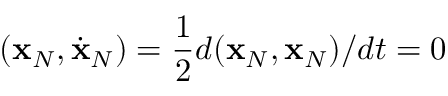
( { \bf x } _ { N } , \dot { \bf x } _ { N } ) = \frac 1 2 d ( { \bf x } _ { N } , { \bf x } _ { N } ) / d t = 0